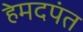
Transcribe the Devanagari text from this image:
हेमदपंत